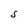
Character: S